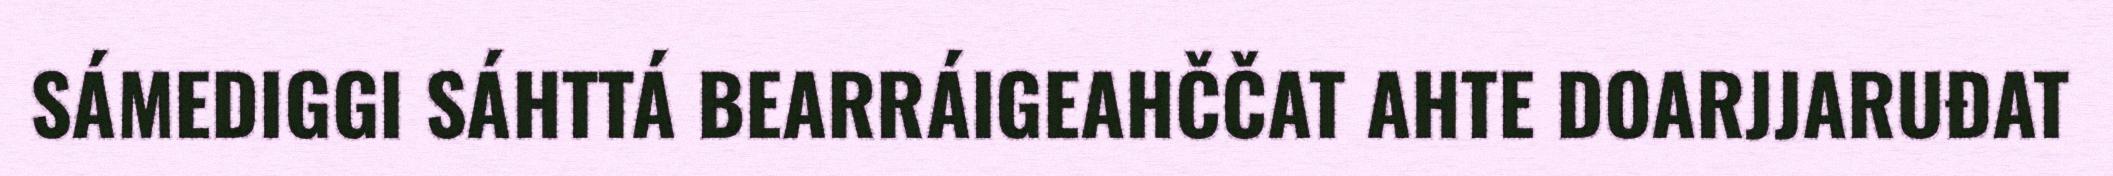
SÁMEDIGGI SÁHTTÁ BEARRÁIGEAHČČAT AHTE DOARJJARUĐAT